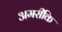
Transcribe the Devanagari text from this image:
अमरीकि